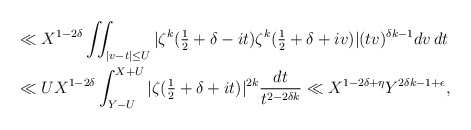
\begin{align*} &\ll X^{1-2\delta} \iint_{|v-t| \le U} |\zeta^k(\tfrac12+\delta-it)\zeta^k(\tfrac12+\delta+iv)|(tv)^{\delta k-1} dv \, dt\\&\ll U X^{1-2\delta} \int_{Y-U}^{X+U} |\zeta(\tfrac12+\delta+it)|^{2k}\frac{dt}{t^{2-2\delta k}} \ll X^{1-2\delta+\eta} Y^{2\delta k-1+\epsilon},\end{align*}